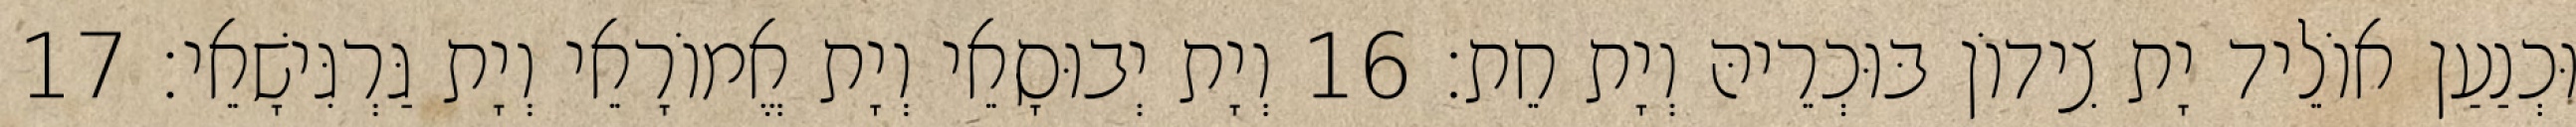
וּכְנַעַן אוֹלֵיד יָת צִידוֹן בּוּכְרֵיהּ וְיָת חֵת׃ 16 וְיָת יְבוּסָאֵי וְיָת אֱמוֹרָאֵי וְיָת גַּרְגִּישָׁאֵי׃ 17